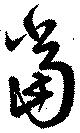
当